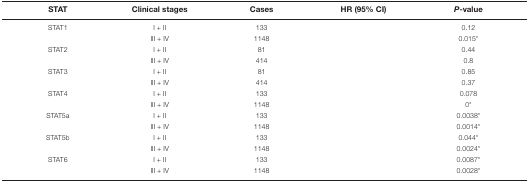
<table><thead><tr><td><b>STAT</b></td><td><b>Clinical stages</b></td><td><b>Cases</b></td><td><b>HR (95% CI)</b></td><td><b><i>P</i>-value</b></td></tr></thead><tbody><tr><td>STAT1</td><td>I + II</td><td>133</td><td>[EMPTY_CELL]</td><td>0.12</td></tr><tr><td>[EMPTY_CELL]</td><td>III + IV</td><td>1148</td><td>[EMPTY_CELL]</td><td>0.015*</td></tr><tr><td>STAT2</td><td>I + II</td><td>81</td><td>[EMPTY_CELL]</td><td>0.44</td></tr><tr><td>[EMPTY_CELL]</td><td>III + IV</td><td>414</td><td>[EMPTY_CELL]</td><td>0.8</td></tr><tr><td>STAT3</td><td>I + II</td><td>81</td><td>[EMPTY_CELL]</td><td>0.85</td></tr><tr><td>[EMPTY_CELL]</td><td>III + IV</td><td>414</td><td>[EMPTY_CELL]</td><td>0.37</td></tr><tr><td>STAT4</td><td>I + II</td><td>133</td><td>[EMPTY_CELL]</td><td>0.078</td></tr><tr><td>[EMPTY_CELL]</td><td>III + IV</td><td>1148</td><td>[EMPTY_CELL]</td><td>0*</td></tr><tr><td>STAT5a</td><td>I + II</td><td>133</td><td>[EMPTY_CELL]</td><td>0.0038*</td></tr><tr><td>[EMPTY_CELL]</td><td>III + IV</td><td>1148</td><td>[EMPTY_CELL]</td><td>0.0014*</td></tr><tr><td>STAT5b</td><td>I + II</td><td>133</td><td>[EMPTY_CELL]</td><td>0.044*</td></tr><tr><td>[EMPTY_CELL]</td><td>III + IV</td><td>1148</td><td>[EMPTY_CELL]</td><td>0.0024*</td></tr><tr><td>STAT6</td><td>I + II</td><td>133</td><td>[EMPTY_CELL]</td><td>0.0087*</td></tr><tr><td>[EMPTY_CELL]</td><td>III + IV</td><td>1148</td><td>[EMPTY_CELL]</td><td>0.0028*</td></tr></tbody></table>